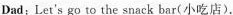
Dad:Let's go to the snack bar(小吃店).